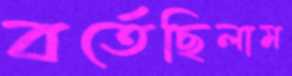
বর্তেছিলাম